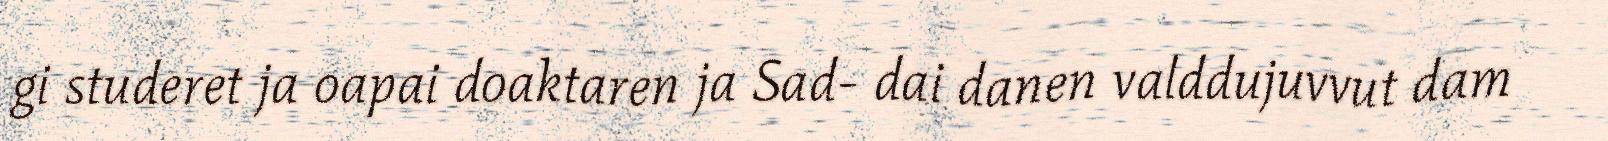
gi studeret ja oapai doaktaren ja Sad- dai danen valddujuvvut dam